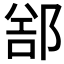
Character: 𲆕